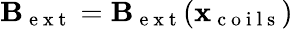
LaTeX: \mathbf B_{\mathrm{~e~x~t~}}=\mathbf B_{\mathrm{~e~x~t~}}(\mathbf x_{\mathrm{~c~o~i~l~s~}})